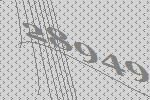
28949